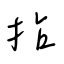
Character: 拈